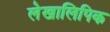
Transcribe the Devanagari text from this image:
लेखालिपिक